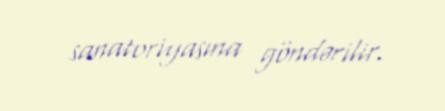
sanatoriyasına göndərilir.